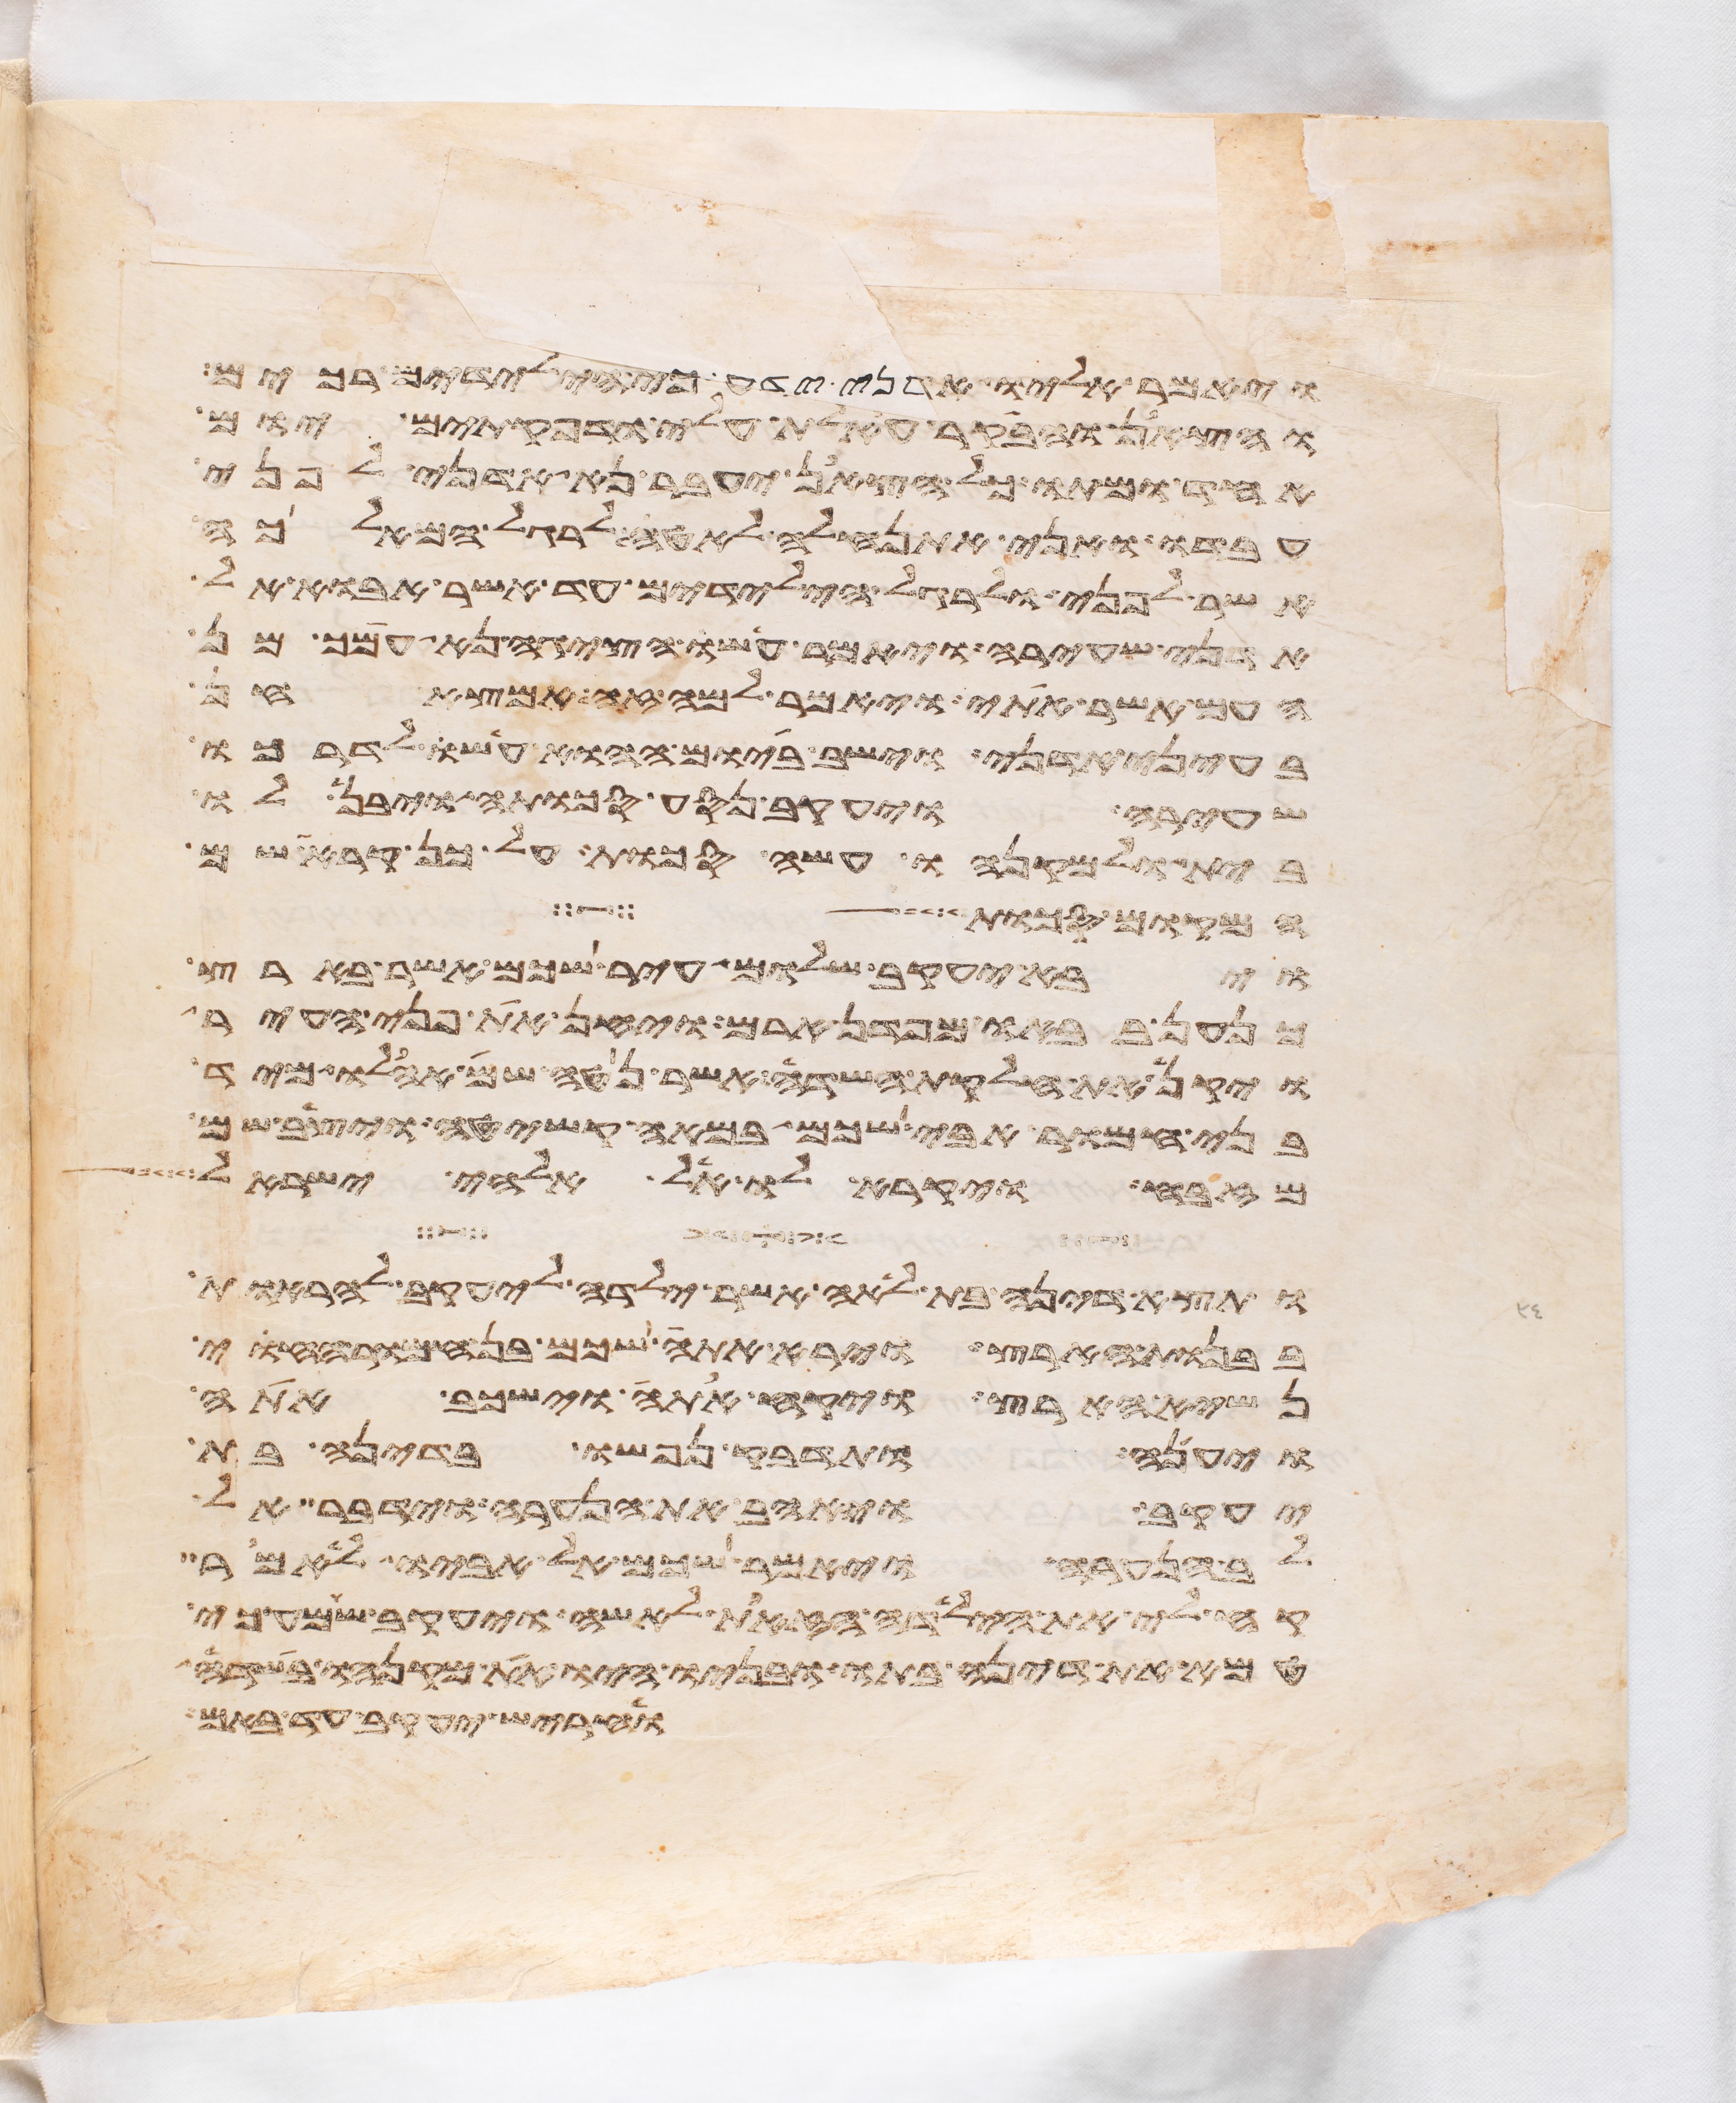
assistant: ויאמר אליו אדני ידע כי הילדים רכים
והצאן והבקר אעלת עלי ודפקתים יום
אחד ומתו כל הצאן יעבר נא אדני לפני
עבדו ואני אתנהלה לאטי לרגל המלאכה
אשר לפני ולרגל הילדים עד אשר אבוא אל
אדני שעירה ויאמר עשו אציגה נא עמך מן
העם אשר אתי ויאמר למה זה אמצא חן
בעיני אדני וישב ביום ההוא עשו לדרכו
שעירה ויעקב נסע סכותה ויבן לו
בית ולמקנהו עשה סכות על כן קרא שם
המקום סכות
ויבא יעקב שלום עיר שכם אשר בארץ
כנען בבאו מפדן ארם ויחן את פני העיר
ויקן את חלקת השדה אשר נטה שם אהלו מיד
בני חמור אבי שכם במאה קשיטה ויצב שם
מזבח ויקרא לו אל אלהי ישראל
ותצא דינה בת לאה אשר ילדה ליעקב להראות
בבנות הארץ וירא אתה שכם בן חמור החוי
נשיא הארץ ויקח אתה וישכב אתה
ויענה ותדבק נפשו בדינה בת
יעקב ויאהב את הנערה וידבר אל
לב הנערה ויאמר שכם אל אביו לאמר
קח לי את הילדה הזאת לאשה ויעקב שמע כי
טמא את דינה בתו ובניו היו את מקנהו בשדה
וחריש יעקב עד באם